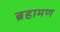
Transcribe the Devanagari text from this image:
ब्रहामण